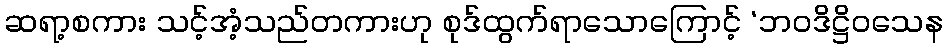
ဆရာ့စကား သင့်အံ့သည်တကားဟု စုဒ်ထွက်ရာသောကြောင့် ‘ဘဝဒိဋ္ဌိဝသေန